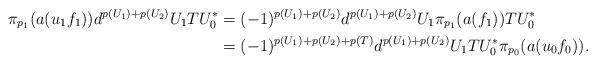
LaTeX: \begin{align*}\pi_{p_1}(a(u_1f_1))d^{p(U_1)+p(U_2)} U_1T U_0^* &=(-1)^{p(U_1)+p(U_2)}d^{p(U_1)+p(U_2)}U_1\pi_{p_1}(a(f_1)) T U_0^*\\&= (-1)^{p(U_1)+p(U_2)+p(T)}d^{p(U_1)+p(U_2)}U_1T U_0^*\pi_{p_0}(a(u_0f_0)).\end{align*}